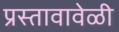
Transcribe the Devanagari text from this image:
प्रस्तावावेळी